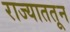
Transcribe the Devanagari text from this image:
राज्याततून